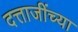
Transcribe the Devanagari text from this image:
दत्ताजींच्या